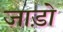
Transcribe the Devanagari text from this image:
जाड़ो